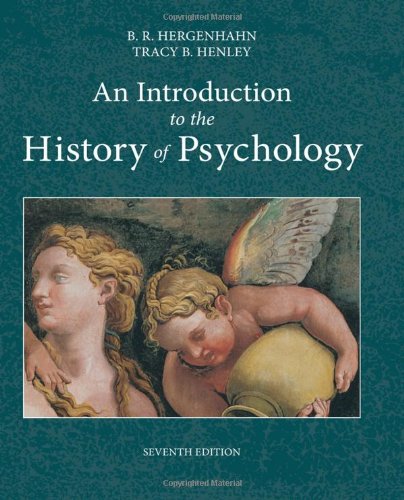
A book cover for An Introduction to the History of Psychology; B. R. Hergenhahn; Health, Fitness & Dieting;